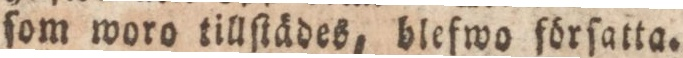
ſom woro tillſtådes, blefwo förſatta.